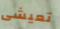
تعيشى